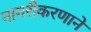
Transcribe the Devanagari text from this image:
नागरीकरणाने